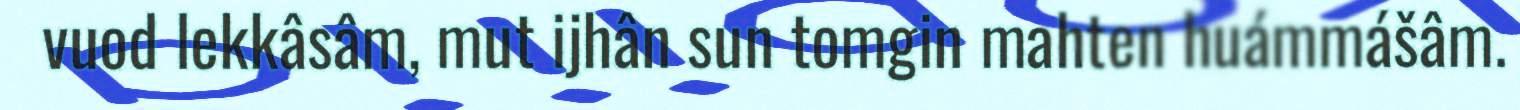
vuod lekkâsâm, mut ijhân sun tomgin mahten huámmášâm.